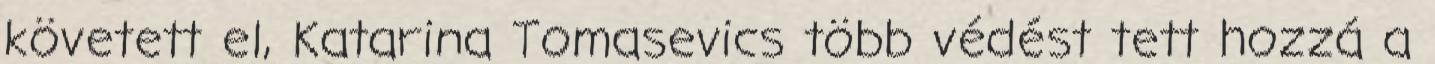
követett el, Katarina Tomasevics több védést tett hozzá a